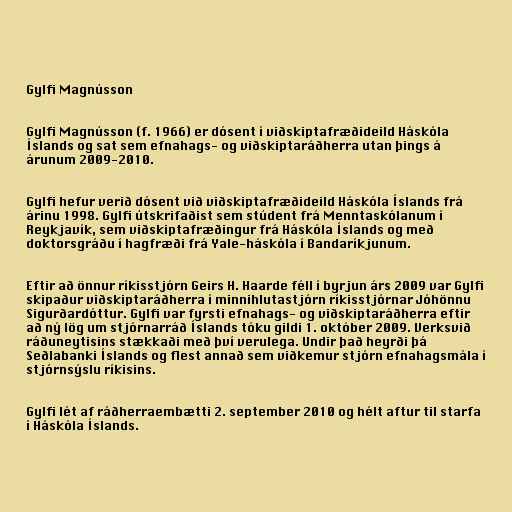
Gylfi Magnússon

Gylfi Magnússon (f. 1966) er dósent í viðskiptafræðideild Háskóla
Íslands og sat sem efnahags- og viðskiptaráðherra utan þings á
árunum 2009-2010.

Gylfi hefur verið dósent við viðskiptafræðideild Háskóla Íslands frá
árinu 1998. Gylfi útskrifaðist sem stúdent frá Menntaskólanum í
Reykjavík, sem viðskiptafræðingur frá Háskóla Íslands og með
doktorsgráðu í hagfræði frá Yale-háskóla í Bandaríkjunum.

Eftir að önnur ríkisstjórn Geirs H. Haarde féll í byrjun árs 2009 var Gylfi
skipaður viðskiptaráðherra í minnihlutastjórn ríkisstjórnar Jóhönnu
Sigurðardóttur. Gylfi var fyrsti efnahags- og viðskiptaráðherra eftir
að ný lög um stjórnarráð Íslands tóku gildi 1. október 2009. Verksvið
ráðuneytisins stækkaði með því verulega. Undir það heyrði þá
Seðlabanki Íslands og flest annað sem viðkemur stjórn efnahagsmála í
stjórnsýslu ríkisins.

Gylfi lét af ráðherraembætti 2. september 2010 og hélt aftur til starfa
í Háskóla Íslands.